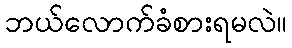
ဘယ်လောက်ခံစားရမလဲ။